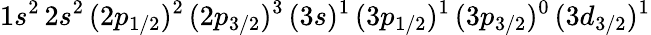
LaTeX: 1s^{2}\, 2s^{2}\, (2p_{1/2})^{2}\, (2p_{3/2})^{3}\, (3s)^{1}\, (3p_{1/2})^{1}\, (3p_{3/2})^{0}\, (3d_{3/2})^{1}